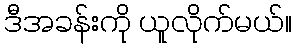
ဒီအခန်းကို ယူလိုက်မယ်။